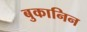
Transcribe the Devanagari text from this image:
बुकानिन